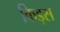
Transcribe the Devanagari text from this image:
किड्‍स